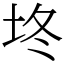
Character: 𰉡